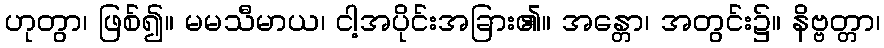
ဟုတွာ၊ ဖြစ်၍။ မမသီမာယ၊ ငါ့အပိုင်းအခြား၏။ အန္တော၊ အတွင်း၌။ နိဗ္ဗတ္တာ၊